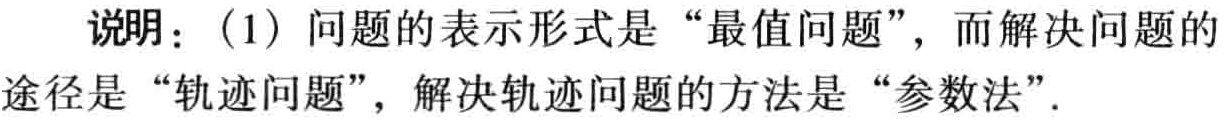
说明：(1) 问题的表示形式是“最值问题”，而解决问题的

途径是“轨迹问题”，解决轨迹问题的方法是“参数法”.